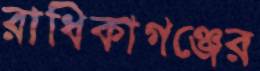
রাধিকাগঞ্জের